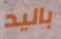
باليد